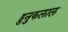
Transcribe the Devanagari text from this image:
हुनुकलाल